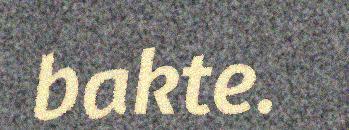
bakte.